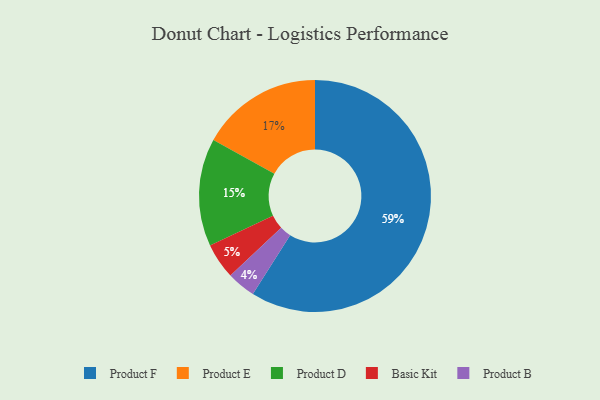
{"axis": {"x": "Category", "y": "Percentage"}, "legend": ["Basic Kit", "Product B", "Product D", "Product E", "Product F"], "data": [{"x": "Product B", "y": 4, "type": "Product B"}, {"x": "Product D", "y": 15, "type": "Product D"}, {"x": "Product F", "y": 59, "type": "Product F"}, {"x": "Product E", "y": 17, "type": "Product E"}, {"x": "Basic Kit", "y": 5, "type": "Basic Kit"}]}